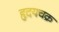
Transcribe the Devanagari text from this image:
हृदयचक्र